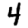
Digit: 4